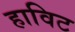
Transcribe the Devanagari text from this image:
हाविट